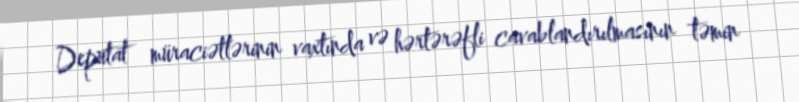
Deputat müraciətlərinin vaxtında və hərtərəfli cavablandırılmasının təmin